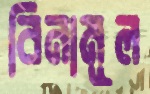
বিনামূল